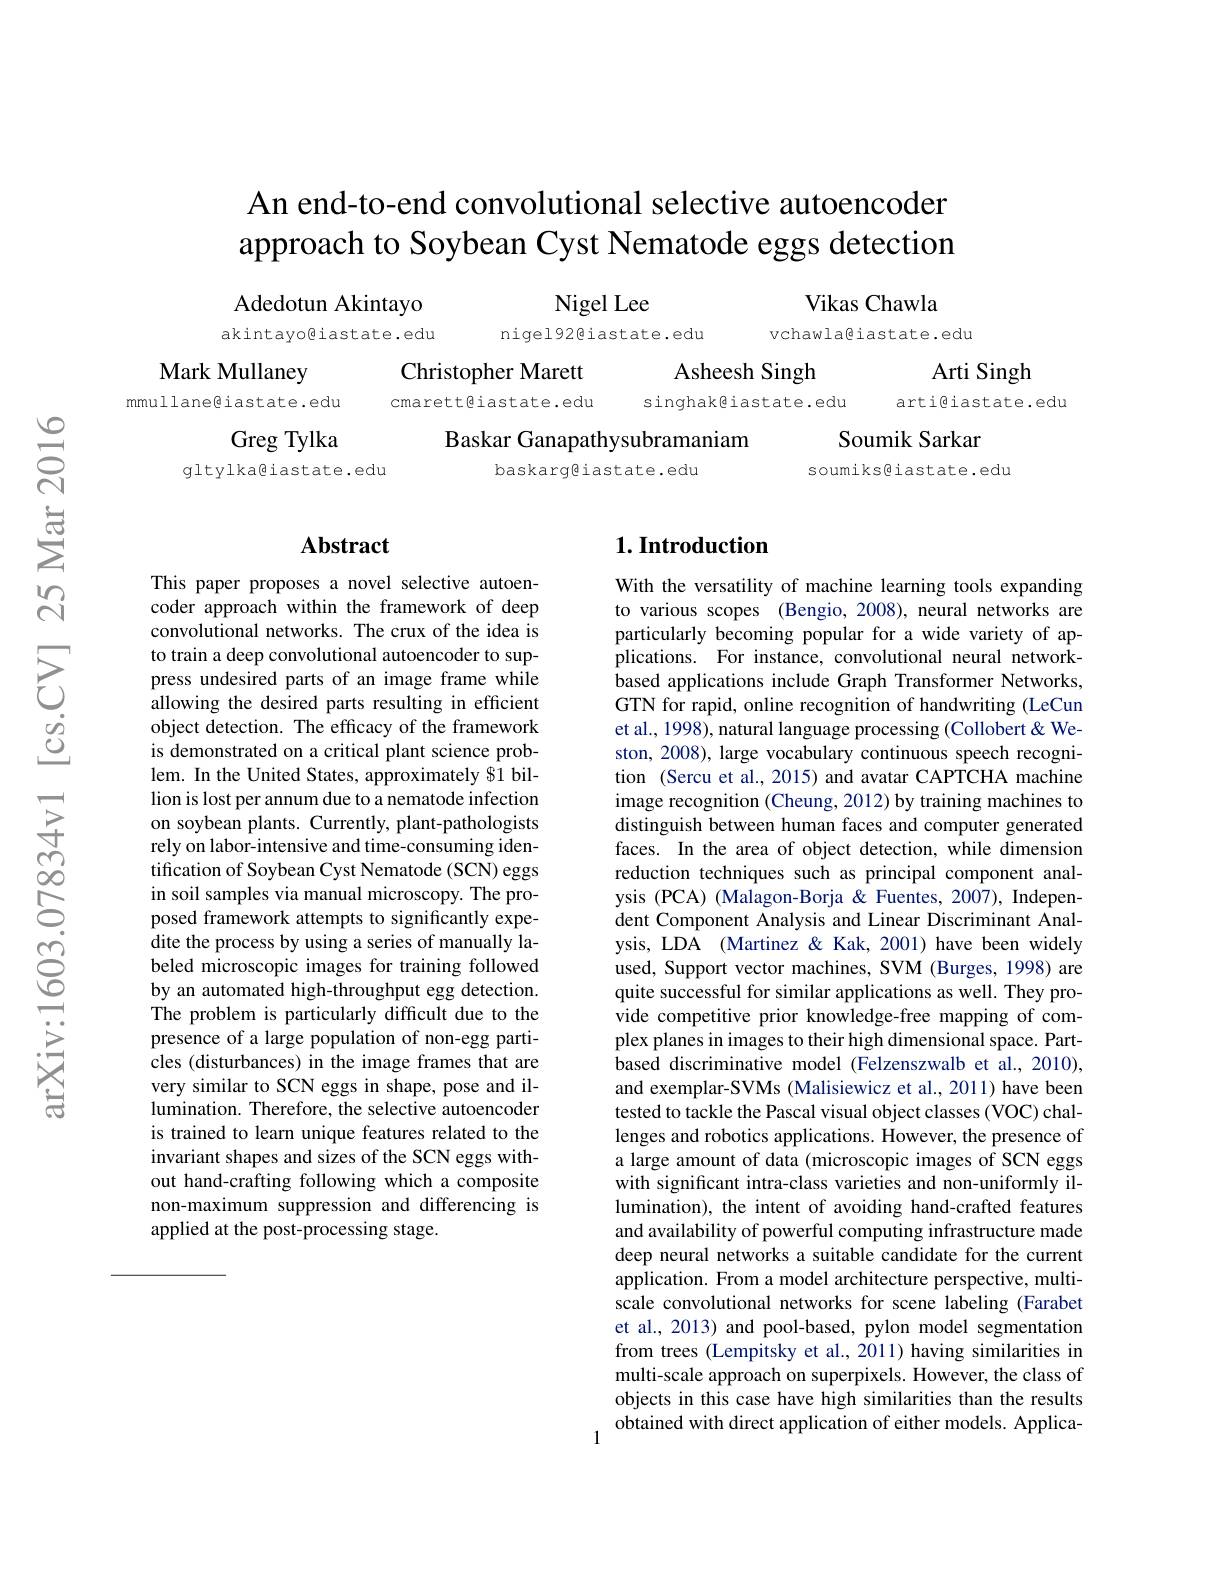
# An end-to-end convolutional selective autoencoder approach to Soybean Cyst Nematode eggs detection

Vikas Chawla

Nigel Lee
nigel92@iastate.edu

Adedotun Akintayo akintayogiastate.edu

vchawla@iastate.edu

Mark Mullaney

Christopher Marett
Asheesh Singh
cmarett@iastate.edu
mmullane@iastate.edu
singhak@iastate.edu

Arti Singh
arti@iastate.edu

Soumik Sarkar

Baskar Ganapathysubramaniam
baskarggliastate.edu

Greg Tylka
gltylka@iastate.edu

soumiks@iastate.edu

### $\mathbf{Abstract}$

This paper proposes a novel selective autoencoder approach within the framework of deep convolutional networks. The crux of the idea is to train a deep convolutional autoencoder to suppress undesired parts of an image frame while allowing the desired parts resulting in efficient object detection. The efficacy of the framework is demonstrated on a critical plant science problem. In the United States, approximately $1 billion is lost per annum due to a nematode infection on soybean plants. Currently, plant-pathologists rely on labor-intensive and time-consuming identification of Soybean Cyst Nematode (SCN) eggs in soil samples via manual microscopy. The proposed framework attempts to significantly expedite the process by using a series of manually labeled microscopic images for training followed by an automated high-throughput egg detection. The problem is particularly difficult due to the presence of a large population of non-egg particles (disturbances) in the image frames that are very similar to SCN eggs in shape, pose and illumination. Therefore, the selective autoencoder is trained to learn unique features related to the invariant shapes and sizes of the SCN eggs without hand-crafting following which a composite non-maximum suppression and differencing is applied at the post-processing stage.

## $1. \textbf{Introduction}$

With the versatility of machine learning tools expanding to various scopes (Bengio, 2008), neural networks are particularly becoming popular for a wide variety of applications. For instance, convolutional neural networkbased applications include Graph Transformer Networks, GTN for rapid, online recognition of handwriting (LeCun et al., 1998), natural language processing (Collobert& Weston, 2008), large vocabulary continuous speech recognition (Sercu et al., 2015) and avatar CAPTCHA machine image recognition (Cheung, 2012) by training machines to distinguish between human faces and computer generated faces. In the area of object detection, while dimension reduction techniques such as principal component analysis (PCA) (Malagon-Borja &Fuentes, 2007), Independent Component Analysis and Linear Discriminant Analysis, LDA (Martinez &Kak, 2001) have been widely used, Support vector machines, SVM (Burges, 1998) are quite successful for similar applications as well. They provide competitive prior knowledge-free mapping of complex planes in images to their high dimensional space. Partbased discriminative model (Felzenszwalb et al., 2010), and exemplar-SVMs (Malisiewicz et al., 2011) have been tested to tackle the Pascal visual object classes (VOC) challenges and robotics applications. However, the presence of a large amount of data (microscopic images of SCN eggs with significant intra-class varieties and non-uniformly illumination), the intent of avoiding hand-crafted features and availability of powerful computing infrastructure made deep neural networks a suitable candidate for the current application. From a model architecture perspective, multiscale convolutional networks for scene labeling (Farabet et al., 2013) and pool-based, pylon model segmentation from trees (Lempitsky et al., 2011) having similarities in multi-scale approach on superpixels. However, the class of objects in this case have high similarities than the results
$1^{\text{ obtained with direct application of either models. Applica-}}$